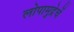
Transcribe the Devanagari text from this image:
लोपामुद्रेचें